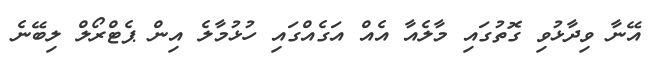
އޭނާ ވިދާޅުވި ގޮތުގައި މާލެއާ އެއް އަގެއްގައި ހުޅުމާލެ އިން ޕެޓްރޯލް ލިބޭނެ